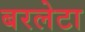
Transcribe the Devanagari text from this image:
बरलेटा